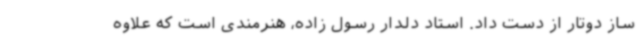
ساز دوتار از دست داد. استاد دلدار رسول زاده، هنرمندی است که علاوه